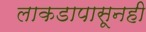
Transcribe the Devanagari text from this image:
लाकडापासूनही